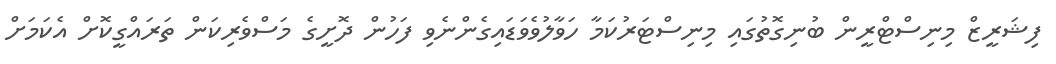
ފިޝަރީޒް މިނިސްޓްރީން ބުނިގޮތުގައި މިނިސްޓަރުކަމާ ހަވާލުވެވަޑައިގެންނެވި ފަހުން ދޮށީގެ މަސްވެރިކަން ތަރައްގީކޮށް އެކަމަށް